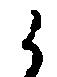
候